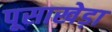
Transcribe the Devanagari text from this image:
पूसाखेड़ा